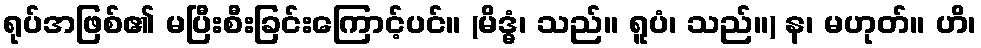
ရုပ်အဖြစ်၏ မပြီးစီးခြင်းကြောင့်ပင်။ (မိဒ္ဓံ၊ သည်။ ရူပံ၊ သည်။) န၊ မဟုတ်။ ဟိ၊